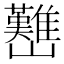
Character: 𡿊